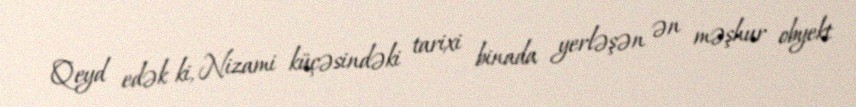
Qeyd edək ki, Nizami küçəsindəki tarixi binada yerləşən ən məşhur obyekt